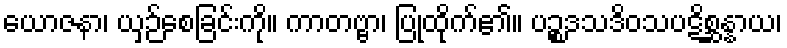
ယောဇနာ၊ ယှဉ်စေခြင်းကို။ ကာတဗ္ဗာ၊ ပြုထိုက်၏။ ပဉ္စဒသဒိဝသပဋိစ္ဆန္နာယ၊